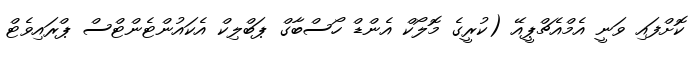
ކޮށްފައި ވަނީ އެމްއެޗްޕީއޭ (ކުރީގެ މޮލޯކް އެންޑް ހޯސްބާގް ޕަބްލިކް އެކައުންޓެންޓްސް ޕްރައިވެޓް